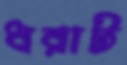
ধরাট